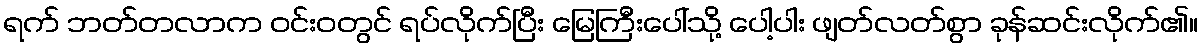
ရက် ဘတ်တလာက ဝင်းဝတွင် ရပ်လိုက်ပြီး မြေကြီးပေါ်သို့ ပေါ့ပါး ဖျတ်လတ်စွာ ခုန်ဆင်းလိုက်၏။